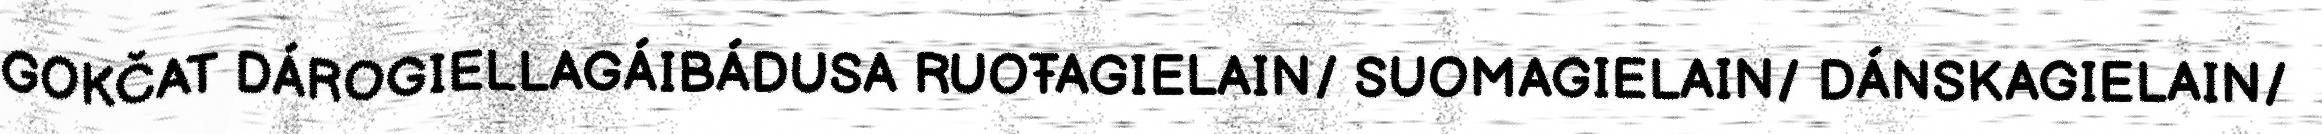
GOKČAT DÁROGIELLAGÁIBÁDUSA RUOŦAGIELAIN/ SUOMAGIELAIN/ DÁNSKAGIELAIN/